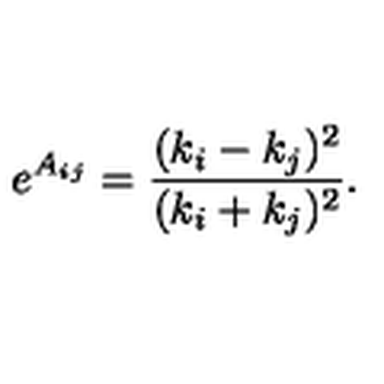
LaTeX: e ^ { A _ { i j } } = { \frac { ( k _ { i } - k _ { j } ) ^ { 2 } } { ( k _ { i } + k _ { j } ) ^ { 2 } } } .